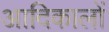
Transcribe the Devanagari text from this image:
आदिकालों